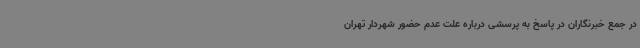
در جمع خبرنگاران در پاسخ به پرسشی درباره علت عدم حضور شهردار تهران